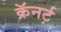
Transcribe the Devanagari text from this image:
क्रॅनर्ट